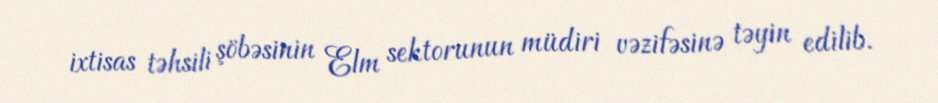
ixtisas təhsili şöbəsinin Elm sektorunun müdiri vəzifəsinə təyin edilib.